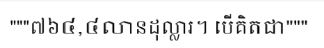
"""៧៦៤,៤លានដុល្លារ។ បើគិតជា"""